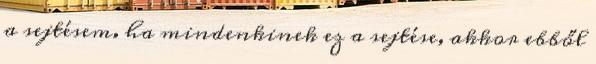
a sejtésem. ha mindenkinek ez a sejtése, akkor ebből